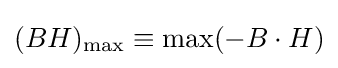
(BH)_{\rm {max}}\equiv \operatorname {max} (-B\cdot H)